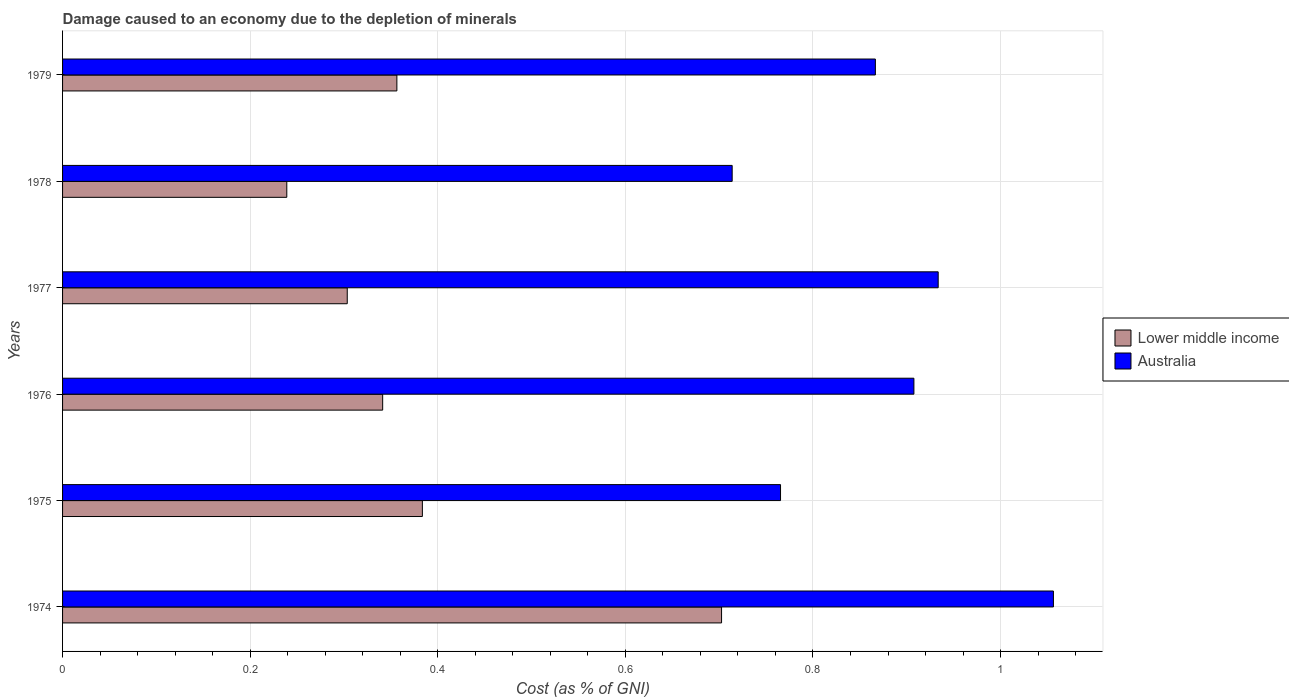
| Years | Lower middle income | Australia |
 | --- | --- | --- |
 | 1974 | 0.703 | 1.06 |
 | 1975 | 0.384 | 0.765 |
 | 1976 | 0.341 | 0.908 |
 | 1977 | 0.303 | 0.933 |
 | 1978 | 0.239 | 0.714 |
 | 1979 | 0.356 | 0.867 |